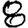
Digit: 8